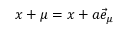
x + \mu = x + a \vec { e } _ { \mu }